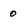
Character: 0